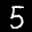
Label: 5